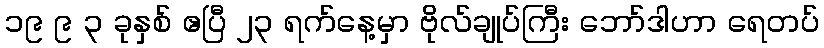
၁၉ ၉ ၃ ခုနှစ် ဧပြီ ၂၃ ရက်နေ့မှာ ဗိုလ်ချုပ်ကြီး ဘော်ဒါဟာ ရေတပ်